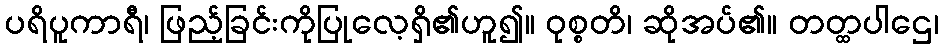
ပရိပူကာရီ၊ ဖြည့်ခြင်းကိုပြုလေ့ရှိ၏ဟူ၍။ ဝုစ္စတိ၊ ဆိုအပ်၏။ တတ္ထပါဌေ၊